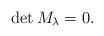
LaTeX: \begin{align*}\det M_\lambda=0.\end{align*}